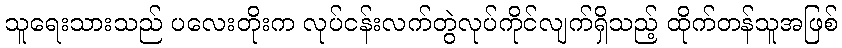
သူရေးသားသည် ပလေးတိုးက လုပ်ငန်းလက်တွဲလုပ်ကိုင်လျက်ရှိသည့် ထိုက်တန်သူအဖြစ်